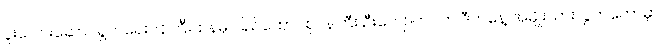
ပူးပေါင်းဆောင်ရွက်ရေးဝန်ကြီးဌာနမှ ပြည်ထောင်စုဝန်ကြီး ဦးကျော်တင်က ဒီကနေ့ အမျိုးသားလွှတ်တော်မှာ